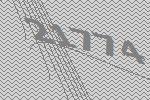
21774